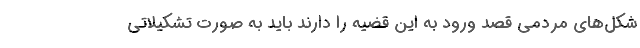
شکل‌های مردمی قصد ورود به این قضیه را دارند باید به صورت تشکیلاتی